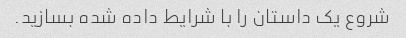
شروع یک داستان را با شرایط داده شده بسازید.